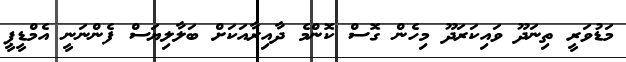
މަޑުވަރީ ތިނަދޫ ވައިކަރަދޫ މިހެން ގޮސް ކޮންމެ ދާއިރާއަކަށް ބަލާލިޔަސް ފެންނަނީ އެމްޑީޕީ